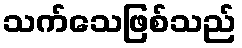
သက်သေဖြစ်သည်